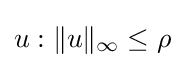
u:\|u\|_{\infty }\leq \rho